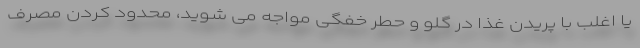
یا اغلب با پریدن غذا در گلو و حطر خفگی مواجه می شوید، محدود کردن مصرف